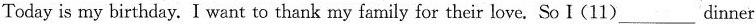
Todayis my birthday.I want to thank my family for their love. So I(11)___dinner